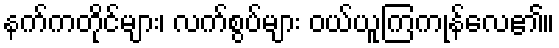
နက်ကတိုင်များ၊ လက်စွပ်များ ဝယ်ယူကြကုန်လေ၏။